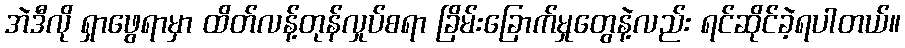
အဲဒီလို ရှာဖွေရာမှာ ထိတ်လန့်တုန်လှုပ်စရာ ခြိမ်းခြောက်မှုတွေနဲ့လည်း ရင်ဆိုင်ခဲ့ရပါတယ်။